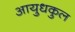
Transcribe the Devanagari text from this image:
आयुधकुल